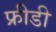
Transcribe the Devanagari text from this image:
फ्रीडी